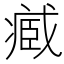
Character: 𮍒